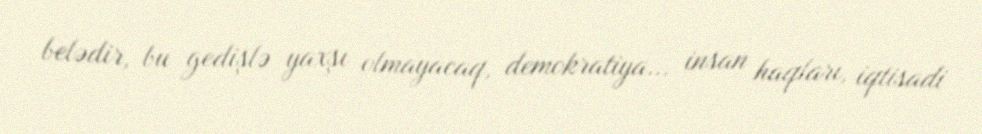
belədir, bu gedişlə yaxşı olmayacaq, demokratiya... insan haqları, iqtisadi